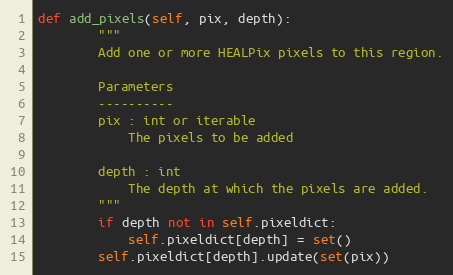
Language: Python
def add_pixels(self, pix, depth):
        """
        Add one or more HEALPix pixels to this region.

        Parameters
        ----------
        pix : int or iterable
            The pixels to be added

        depth : int
            The depth at which the pixels are added.
        """
        if depth not in self.pixeldict:
            self.pixeldict[depth] = set()
        self.pixeldict[depth].update(set(pix))